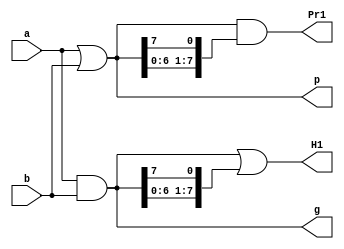
// 2^N-1 Adders as proposed in :
// NEW ARCHITECTURES FOR MODULO 2^N-1 ADDERS
// By : G. Dimitrakopoulos, D. G. Nikolos, H. T. Vergos, D. Nikolos , C. Efstathiou
// Using Ling recursion

// 8-bit Modulo adder 
//--------------------------------------------------------------------------------------

// Stage 1
module L8_stage_1(a, b, g, p, H1, Pr1);
    
    input [7:0]a;
    input [7:0]b;
    output [7:0]g;
    output [7:0]p;
    output [7:0]H1;  //Ling-carry
    output [7:0]Pr1; // Group propagate
    
    assign g[7:0] = a[7:0] & b[7:0] ;
    assign p[7:0] = a[7:0] | b[7:0] ;
    
    assign H1[7:0] = g[7:0] | {g[6:0],g[7]} ;
    assign Pr1[7:0] = p[7:0] & {p[6:0],p[7]} ;
    
endmodule


// Stage 2
module L8_stage_2(H1, Pr1, H2, Pr2);
    
    input [7:0]H1;
    input [7:0]Pr1;
    output [7:0]H2;
    output [7:0]Pr2;
    
    assign H2[7:0] = H1[7:0] | {Pr1[6:0],Pr1[7]} & {H1[5:0],H1[7:6]} ;
    assign Pr2[7:0] = Pr1[7:0] & {Pr1[5:0],Pr1[7:6]};
    
endmodule


// Stage 3
module L8_stage_3(H2, Pr2, H3);
    
    input [7:0]H2;
    input [7:0]Pr2;
    output [7:0]H3;

    
    assign H3[7:0] = H2[7:0] | {Pr2[6:0],Pr2[7]} & {H2[3:0],H2[7:4]} ;
    
endmodule


// Stage 4
module L8_adder(a, b, sum);

    input [7:0]a;
    input [7:0]b;
    output [7:0]sum;
    
    wire [7:0]g;
    wire [7:0]p;
    wire [7:0]H1;
    wire [7:0]Pr1;
    wire [7:0]H2;
    wire [7:0]Pr2;
    wire [7:0]H3;
    
    L8_stage_1 CUT1(a, b, g, p, H1, Pr1);
    L8_stage_2 CUT2(H1, Pr1, H2, Pr2);
    L8_stage_3 CUT3(H2, Pr2, H3);
    
    assign sum[7:0] = ~{H3[6:0],H3[7]} & (a[7:0]^b[7:0]) | {H3[6:0],H3[7]} & (a[7:0]^b[7:0]^{p[6:0],p[7]});
    //assign sum[7:0] = {H3[6:0],H3[7]} ? a[7:0]^b[7:0]^{p[6:0],p[7]} : a[7:0]^b[7:0] ;


endmodule




// 8-bit Modulo adder 2x4
//--------------------------------------------------------------------------------------


// Stage 1
module L2x4_stage_1(a, b, g, p, x);
    
    input [7:0]a;
    input [7:0]b;
    output [7:0]g;
    output [7:0]p;
    output [7:0]x;
    
    assign g[7:0] = a[7:0] & b[7:0] ;
    assign p[7:0] = a[7:0] | b[7:0] ;
    assign x[7:0] = a[7:0] ^ b[7:0] ;
    

    
endmodule

// Stage 2
module L2x4_stage_2(g, p, H1, Pr1);
    input [7:0]g;
    input [7:0]p;    
    output [7:0]H1;
    output [7:0]Pr1;

    assign H1[7:0] = g[7:0] | {g[6:0],g[7]} ;
    assign Pr1[7:0] = p[7:0] & {p[6:0],p[7]} ;
    
endmodule

// Stage 2
module L2x4_stage_3(H1, Pr1, H2);
    
    input [7:0]H1;
    input [7:0]Pr1;
    output [7:0]H2;

    
    assign H2[7:0] = H1[7:0] | 
                     {Pr1[6:0],Pr1[7]} & {H1[5:0],H1[7:6]} |
                     {Pr1[6:0],Pr1[7]} & {Pr1[4:0],Pr1[7:5]} & {H1[3:0],H1[7:4]} |
                     {Pr1[6:0],Pr1[7]} & {Pr1[4:0],Pr1[7:5]} & {Pr1[2:0],Pr1[7:3]} & {H1[1:0],H1[7:2]} ;

    
endmodule


// Stage 3
module L2x4_adder(a, b, sum);

    input [7:0]a;
    input [7:0]b;
    output [7:0]sum;
    
    wire [7:0]g;
    wire [7:0]p;
    wire [7:0]x;
    wire [7:0]H1;
    wire [7:0]Pr1;
    wire [7:0]H2;

    L2x4_stage_1 CUT1(a, b, g, p, x);
    L2x4_stage_2 CUT2(g, p, H1, Pr1);
    L2x4_stage_3 CUT3(H1, Pr1, H2);

    
    assign sum[7:0] = ~{H2[6:0],H2[7]} & x[7:0] | {H2[6:0],H2[7]} & (x[7:0]^{p[6:0],p[7]});



endmodule